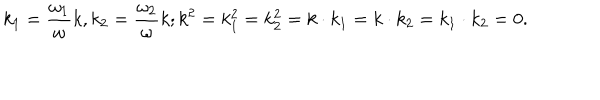
LaTeX: k _ { 1 } = { \frac { \omega _ { 1 } } { \omega } } k , k _ { 2 } = { \frac { \omega _ { 2 } } { \omega } } k ; k ^ { 2 } = k _ { 1 } ^ { 2 } = k _ { 2 } ^ { 2 } = k \cdot k _ { 1 } = k \cdot k _ { 2 } = k _ { 1 } \cdot k _ { 2 } = 0 .